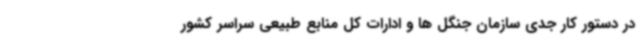
در دستور کار جدی سازمان جنگل ها و ادارات کل منابع طبیعی سراسر کشور